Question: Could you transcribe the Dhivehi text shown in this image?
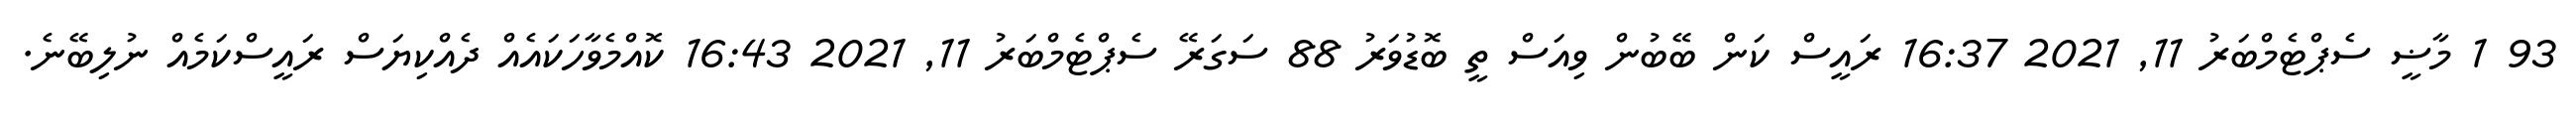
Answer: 93 1 މާޟީ ސެޕްޓެމްބަރު 11, 2021 16:37 ރައީސް ކަން ބޭބުން ވިއަސް ތީ ބޮޑުވަރު 88 ސަގަރޭ ސެޕްޓެމްބަރު 11, 2021 16:43 ކޮއްމެވާހަކައެއް ދެއްކިޔަސް ރައީސްކަމެއް ނުލިބޭނެ.